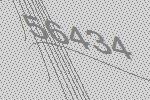
56434